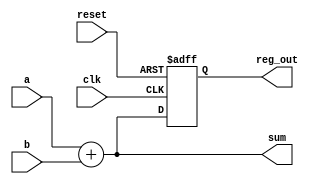
module example_module (
    input wire clk,          // Clock input
    input wire reset,        // Reset input
    input wire [3:0] a,     // 4-bit input 'a'
    input wire [3:0] b,     // 4-bit input 'b'
    output reg [3:0] sum,    // 4-bit output for sum
    output reg [3:0] reg_out // 4-bit output for registered value
);

// Combinational logic using always @*
always @* begin
    sum = a + b; // Sum of inputs 'a' and 'b'
end

// Synchronous logic using always @(posedge clk)
always @(posedge clk or posedge reset) begin
    if (reset) begin
        reg_out <= 4'b0000; // Reset the registered output
    end else begin
        reg_out <= sum; // Update registered output with the sum
    end
end

endmodule